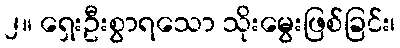
၂။ ရှေးဦးစွာရသော သိုးမွေးဖြစ်ခြင်း၊